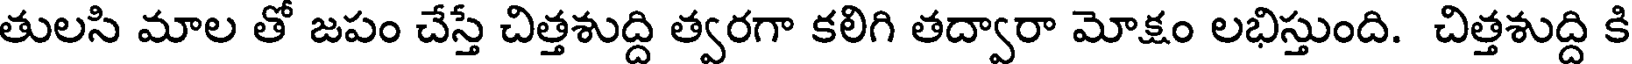
తులసి మాల తో జపం చేస్తే చిత్తశుద్ది త్వరగా కలిగి తద్వారా మోక్షం లభిస్తుంది. చిత్తశుద్ది కి